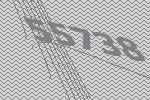
55738